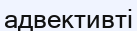
адвективті